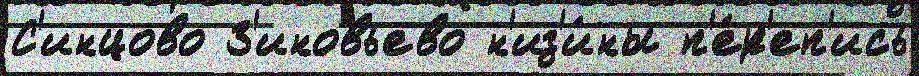
С'инцово З'иновьево н'из'и́ны п'е́р'еп'ись